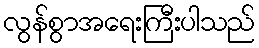
လွန်စွာအရေးကြီးပါသည်